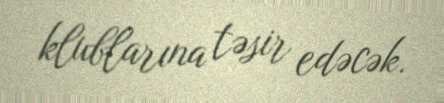
klublarına təsir edəcək.